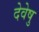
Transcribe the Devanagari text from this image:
देवेषु